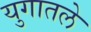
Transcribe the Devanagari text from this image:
युगातले